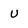
Character: U